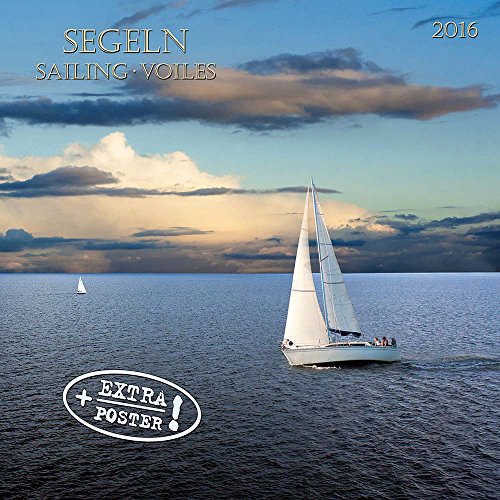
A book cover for Sailing (161037) (English, Spanish, French, Italian and German Edition); Tushita; Calendars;